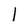
Character: 1